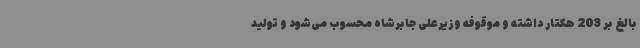
بالغ بر 203 هکتار داشته و موقوفه وزیرعلی جابرشاه محسوب می‌شود و تولید